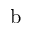
\mathrm { b }